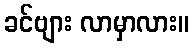
ခင်ဗျား လာမှာလား။